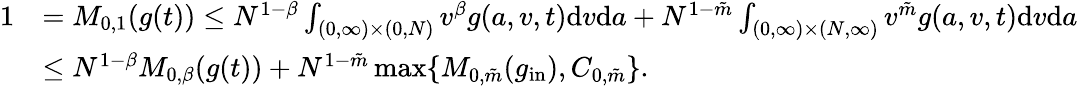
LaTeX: \begin{array}{rl}{1}&{=M_{0,1}(g(t))\leq N^{1-\beta}\int_{(0,\infty)\times(0,N)}v^{\beta}g(a,v,t)\textup{d}v\textup{d}a+N^{1-\tilde{m}}\int_{(0,\infty)\times(N,\infty)}v^{\tilde{m}}g(a,v,t)\textup{d}v\textup{d}a}\\ &{\leq N^{1-\beta}M_{0,\beta}(g(t))+N^{1-\tilde{m}}\operatorname*{max}\{ M_{0,\tilde{m}}(g_{\textup{in}}),C_{0,\tilde{m}}\} .}\end{array}